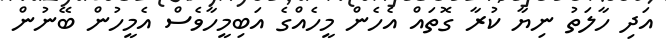
އަދި ހާލަތު ނިޔާ ކުރާ ގޮތައް އެހެން މީހެއްގެ އަބިމީހާވެސް އެމީހުން ބޭނުން